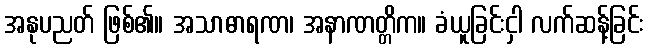
အနုပညတ် ဖြစ်၏။ အသာဓာရဏ၊ အနာဏတ္တိက။ ခံယူခြင်းငှါ လက်ဆန့်ခြင်း